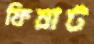
ফিয়াট